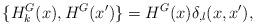
LaTeX: \begin{align*}{}\{ H^G_k(x), H^G(x')\} = H^G(x) {\delta}_{,l} (x,x'),\end{align*}